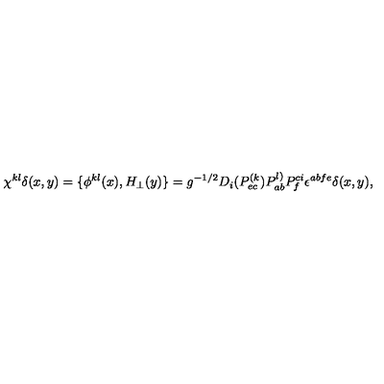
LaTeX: \chi ^ { k l } \delta ( x , y ) = \{ \phi ^ { k l } ( x ) , H _ { \perp } ( y ) \} = g ^ { - 1 / 2 } D _ { i } ( P _ { e c } ^ { ( k } ) P _ { a b } ^ { l ) } P _ { f } ^ { c i } \epsilon ^ { a b f e } \delta ( x , y ) ,